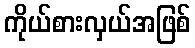
ကိုယ်စားလှယ်အဖြစ်